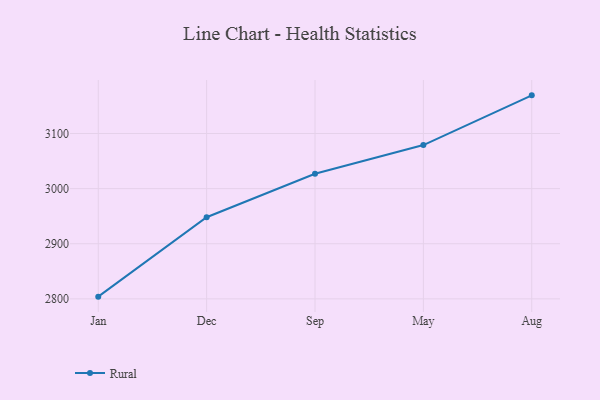
{"axis": {"x": "Month", "y": "Active Users"}, "legend": ["Rural"], "data": [{"x": "Jan", "y": 2804.0, "type": "Rural"}, {"x": "Dec", "y": 2948.1, "type": "Rural"}, {"x": "Sep", "y": 3026.9, "type": "Rural"}, {"x": "May", "y": 3079.1, "type": "Rural"}, {"x": "Aug", "y": 3169.3, "type": "Rural"}]}